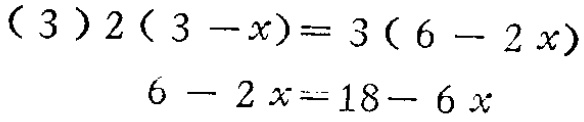
\[

\begin{align*}

(3)2(3 - x)&=3(6 - 2x)\\

6 - 2x&=18 - 6x

\end{align*}

\]